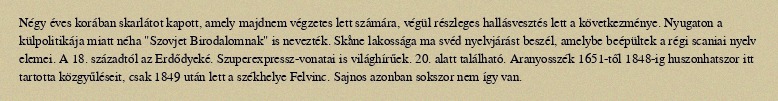
Négy éves korában skarlátot kapott, amely majdnem végzetes lett számára, végül részleges hallásvesztés lett a következménye. Nyugaton a külpolitikája miatt néha "Szovjet Birodalomnak" is nevezték. Skåne lakossága ma svéd nyelvjárást beszél, amelybe beépültek a régi scaniai nyelv elemei. A 18. századtól az Erdődyeké. Szuperexpressz-vonatai is világhírűek. 20. alatt található. Aranyosszék 1651-től 1848-ig huszonhatszor itt tartotta közgyűléseit, csak 1849 után lett a székhelye Felvinc. Sajnos azonban sokszor nem így van.